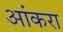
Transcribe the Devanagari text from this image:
आंकरा